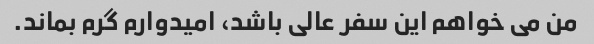
من می خواهم این سفر عالی باشد، امیدوارم گرم بماند.